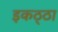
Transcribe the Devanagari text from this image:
इकठ्‍ठा